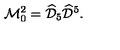
\mathcal { M } _ { 0 } ^ { 2 } = \widehat { \mathcal { D } } _ { 5 } \widehat { \mathcal { D } } ^ { 5 } .